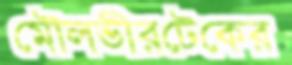
মৌলভীরটেকের